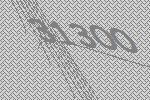
31300